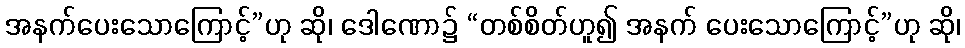
အနက်ပေးသောကြောင့်”ဟု ဆို၊ ဒေါဏော၌ “တစ်စိတ်ဟူ၍ အနက် ပေးသောကြောင့်”ဟု ဆို၊